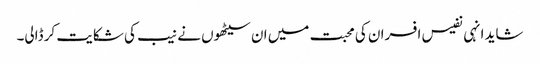
شاید انہی نفیس افسران کی محبت میں ان سیٹھوں نے نیب کی شکایت کر ڈالی۔